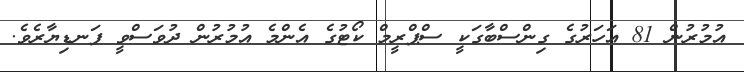
އުމުރުން 81 އަހަރުގެ ގިންސްބާގަކީ ސްޕްރީމް ކޯޓުގެ އެންމެ އުމުރުން ދުވަސްވީ ފަނޑިޔާރެވެ.